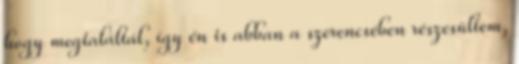
hogy megtaláltál, így én is abban a szerencsében részesültem,